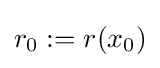
r_{0}:=r(x_{0})